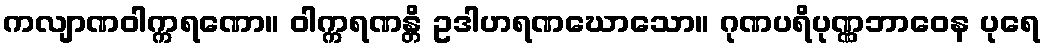
ကလျာဏဝါက္ကရဏော။ ဝါက္ကရဏန္တိ ဥဒါဟရဏဃောသော။ ဂုဏပရိပုဏ္ဏဘာဝေန ပုရေ